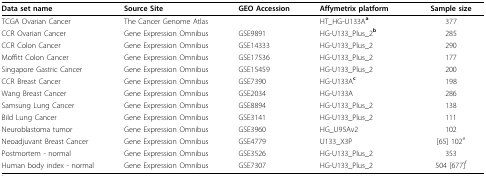
<table><thead><tr><td><b>Data set name</b></td><td><b>Source Site</b></td><td><b>GEO Accession</b></td><td><b>Affymetrix platform</b></td><td><b>Sample size</b></td></tr></thead><tbody><tr><td>TCGA Ovarian Cancer</td><td>The Cancer Genome Atlas</td><td></td><td>HT_HG-U133A<sup><b>a</b></sup></td><td>377</td></tr><tr><td>CCR Ovarian Cancer</td><td>Gene Expression Omnibus</td><td>GSE9891</td><td>HG-U133_Plus_2<sup><b>b</b></sup></td><td>285</td></tr><tr><td>CCR Colon Cancer</td><td>Gene Expression Omnibus</td><td>GSE14333</td><td>HG-U133_Plus_2</td><td>290</td></tr><tr><td>Moffitt Colon Cancer</td><td>Gene Expression Omnibus</td><td>GSE17536</td><td>HG-U133_Plus_2</td><td>177</td></tr><tr><td>Singapore Gastric Cancer</td><td>Gene Expression Omnibus</td><td>GSE15459</td><td>HG-U133_Plus_2</td><td>200</td></tr><tr><td>CCR Breast Cancer</td><td>Gene Expression Omnibus</td><td>GSE7390</td><td>HG-U133A<sup><b>c</b></sup></td><td>198</td></tr><tr><td>Wang Breast Cancer</td><td>Gene Expression Omnibus</td><td>GSE2034</td><td>HG-U133A</td><td>286</td></tr><tr><td>Samsung Lung Cancer</td><td>Gene Expression Omnibus</td><td>GSE8894</td><td>HG-U133_Plus_2</td><td>138</td></tr><tr><td>Bild Lung Cancer</td><td>Gene Expression Omnibus</td><td>GSE3141</td><td>HG-U133_Plus_2</td><td>111</td></tr><tr><td>Neuroblastoma tumor</td><td>Gene Expression Omnibus</td><td>GSE3960</td><td>HG_U95Av2</td><td>102</td></tr><tr><td>Neoadjuvant Breast Cancer</td><td>Gene Expression Omnibus</td><td>GSE4779</td><td>U133_X3P</td><td>[65] 102<sup>e</sup></td></tr><tr><td>Postmortem - normal</td><td>Gene Expression Omnibus</td><td>GSE3526</td><td>HG-U133_Plus_2</td><td>353</td></tr><tr><td>Human body index - normal</td><td>Gene Expression Omnibus</td><td>GSE7307</td><td>HG-U133_Plus_2</td><td>504 [677]<sup>f</sup></td></tr></tbody></table>